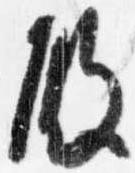
殿